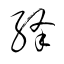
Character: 絳